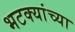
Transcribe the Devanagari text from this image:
भटक्यांच्या